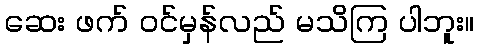
ဆေး ဖက် ဝင်မှန်လည် မသိကြ ပါဘူး။